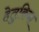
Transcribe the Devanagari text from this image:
हेतुकिया